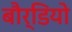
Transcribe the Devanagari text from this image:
बौर्डियो